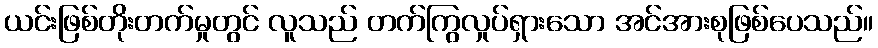
ယင်းဖြစ်တိုးတက်မှုတွင် လူသည် တက်ကြွလှုပ်ရှားသော အင်အားစုဖြစ်ပေသည်။